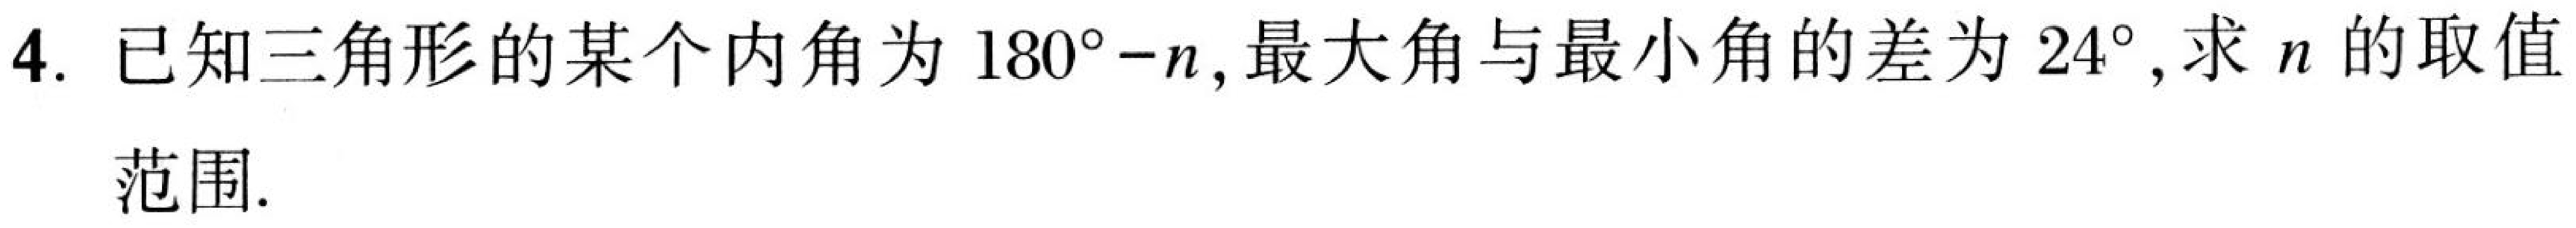
4. 已知三角形的某个内角为\(180^{\circ}-n\),最大角与最小角的差为\(24^{\circ}\),求\(n\)的取值范围.